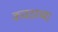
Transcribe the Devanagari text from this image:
कवठाच्या